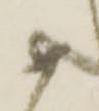
如